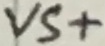
Text: VS+